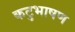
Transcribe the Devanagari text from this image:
कटुभाषण